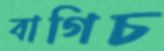
বাগিচ